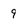
Character: 9